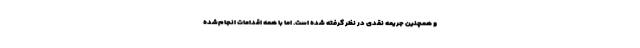
و همچنین جریمه نقدی در نظر گرفته شده است. اما با همه اقدامات انجام‌شده